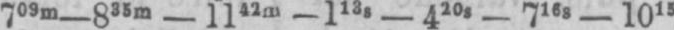
709m-835m-1142m-113s-420s-715s-1015